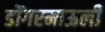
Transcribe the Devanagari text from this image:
डोंगरमाऊली